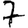
Digit: 7